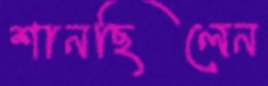
শানছিলেন